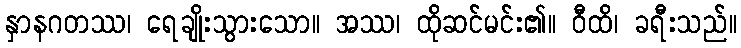
နှာနဂတဿ၊ ရေချိုးသွားသော။ အဿ၊ ထိုဆင်မင်း၏။ ဝီထိ၊ ခရီးသည်။